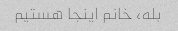
بله، خانم اینجا هستیم